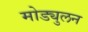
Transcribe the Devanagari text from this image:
मोड्युलन